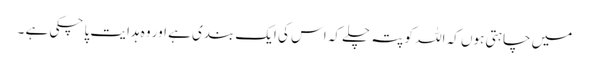
میں چاہتی ہوں کہ اللہ کو پتہ چلے کہ اس کی ایک بندی ہے اور وہ ہدایت پا چکی ہے ۔